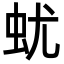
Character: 蚘